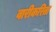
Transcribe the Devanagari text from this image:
वारीकरिता